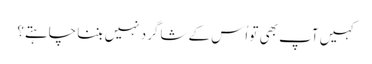
‏ کہیں آپ بھی تو اُس کے شاگرد نہیں بننا چاہتے؟